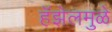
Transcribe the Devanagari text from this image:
हॅझेलमुळे